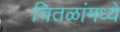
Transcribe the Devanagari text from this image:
चितळांमध्ये